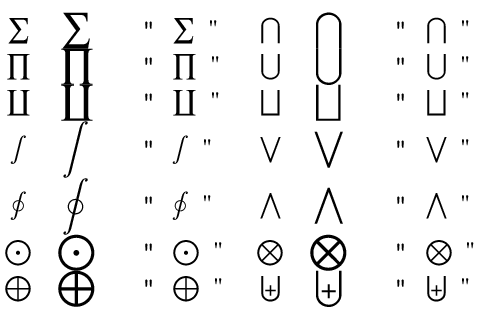
\begin{array} { c c l c c l } { \sum } & { \displaystyle \sum } & { \mathrm { ~ \verb ~ " ~ \sum ~ " ~ } } & { \bigcap } & { \displaystyle \bigcap } & { \mathrm { ~ \verb ~ " ~ \bigcap ~ " ~ } } \\ { \prod } & { \displaystyle \prod } & { \mathrm { ~ \verb ~ " ~ \prod ~ " ~ } } & { \bigcup } & { \displaystyle \bigcup } & { \mathrm { ~ \verb ~ " ~ \bigcup ~ " ~ } } \\ { \coprod } & { \displaystyle \coprod } & { \mathrm { ~ \verb ~ " ~ \coprod ~ " ~ } } & { \bigsqcup } & { \displaystyle \bigsqcup } & { \mathrm { ~ \verb ~ " ~ \bigsqcup ~ " ~ } } \\ { \int } & { \displaystyle \int } & { \mathrm { ~ \verb ~ " ~ \int ~ " ~ } } & { \bigvee } & { \displaystyle \bigvee } & { \mathrm { ~ \verb ~ " ~ \bigvee ~ " ~ } } \\ { \oint } & { \displaystyle \oint } & { \mathrm { ~ \verb ~ " ~ \oint ~ " ~ } } & { \bigwedge } & { \displaystyle \bigwedge } & { \mathrm { ~ \verb ~ " ~ \bigwedge ~ " ~ } } \\ { \bigodot } & { \displaystyle \bigodot } & { \mathrm { ~ \verb ~ " ~ \bigodot ~ " ~ } } & { \bigotimes } & { \displaystyle \bigotimes } & { \mathrm { ~ \verb ~ " ~ \bigotimes ~ " ~ } } \\ { \bigoplus } & { \displaystyle \bigoplus } & { \mathrm { ~ \verb ~ " ~ \bigoplus ~ " ~ } } & { \biguplus } & { \displaystyle \biguplus } & { \mathrm { ~ \verb ~ " ~ \biguplus ~ " ~ } } \end{array}